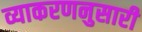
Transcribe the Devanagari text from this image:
व्याकरणनुसारी